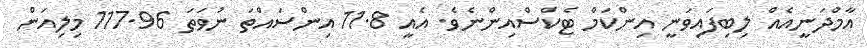
އާމްދަނީއެއް ލިބިފައިވަނީ އިންކަމް ޓެކްސްއިންނެވެ. އެއީ 11.8 އިންސައްތަ ނުވަތަ 117.96 މިލިއަން